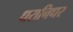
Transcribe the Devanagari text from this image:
धरानिधर